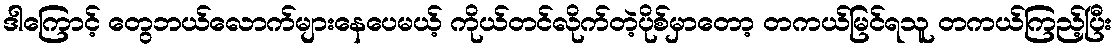
ဒါကြောင့် တွေဘယ်လောက်များနေပေမယ့် ကိုယ်တင်လိုက်တဲ့ပိုစ်မှာတော့ တကယ်မြင်ရသူ တကယ်ကြည့်ပြီး